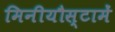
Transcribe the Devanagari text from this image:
मिनीयौस्टामें